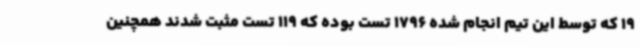
19 که توسط این تیم انجام شده 1796 تست بوده که 119 تست مثبت شدند همچنین